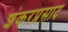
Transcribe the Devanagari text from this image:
शंकरप्रसाद